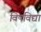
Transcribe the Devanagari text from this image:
विषविद्या